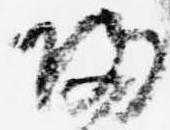
帰